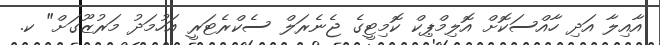
އާއިލާ އަދި ހާއްސަކޮށް އޮލިމްޕިކް ކޮމިޓީގެ ޖެނެރަލް ސެކްރެޓަރީ އަހުމަދު މަރުޒޫގަށް" ކ.